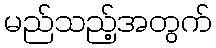
မည်သည့်အတွက်